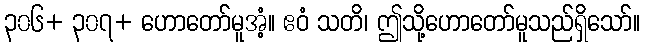
၃၀၆+ ၃၀၇+ ဟောတော်မူအံ့။ ဧဝံ သတိ၊ ဤသို့ဟောတော်မူသည်ရှိသော်။